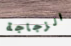
الزجاجة